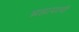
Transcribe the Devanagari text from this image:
ब्रह्मयाची